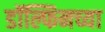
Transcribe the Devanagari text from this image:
डॉल्फिनच्या